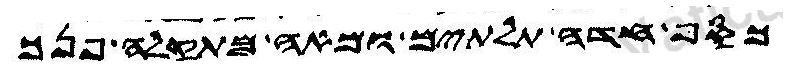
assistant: כסף חדה תלתים ומאה מתקלה פנך